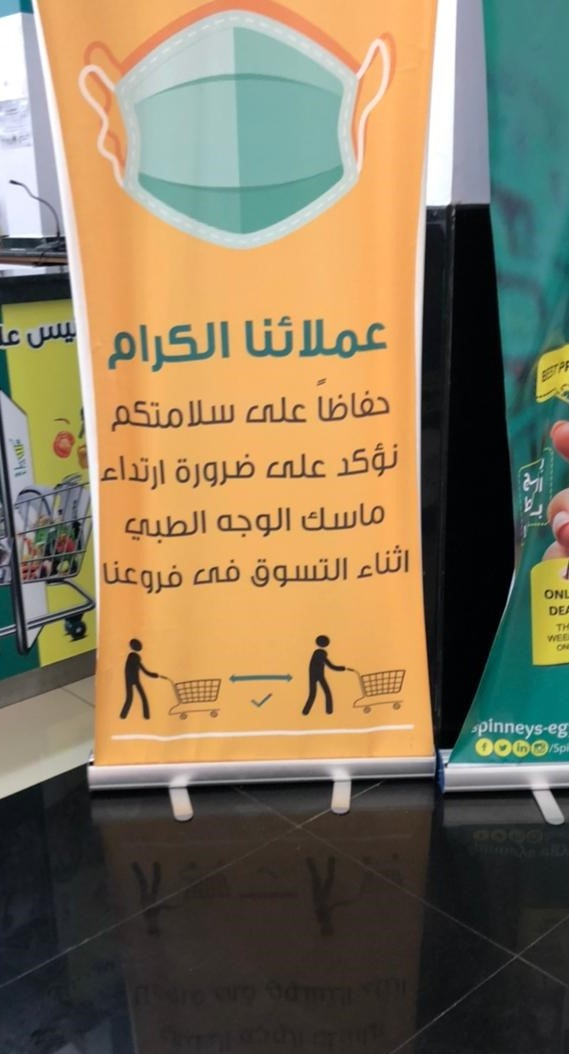
Text in image: عملائنا الكرام حفاظا على سلامتكم نؤكد على ضرورة ارتداء ماسك الوجه الطبي اثناء التسوق فى فروعنا spinneys eg